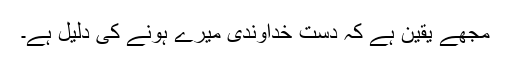
مجھے یقین ہے کہ دستِ خداوندی میرے ہونے کی دلیل ہے۔